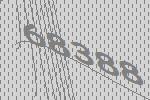
68388